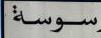
سوسة